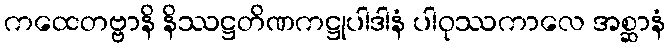
ကထေတဗ္ဗာနိ နိဿဋ္ဌတိဏကဋ္ဌုပါဒါနံ ပါဝုဿကာလေ အစ္ဆာနံ